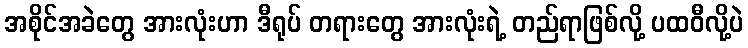
အစိုင်အခဲတွေ အားလုံးဟာ ဒီရုပ် တရားတွေ အားလုံးရဲ့ တည်ရာဖြစ်လို့ ပထဝီလို့ပဲ